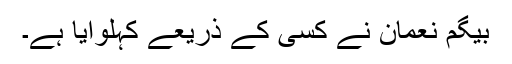
بیگم نعمان نے کسی کے ذریعے کہلوایا ہے۔